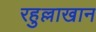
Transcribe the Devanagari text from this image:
रहुल्लाखान